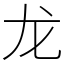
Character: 龙